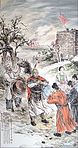
轮台九月风夜吼，一川碎石大如斗，随风满地石乱走。